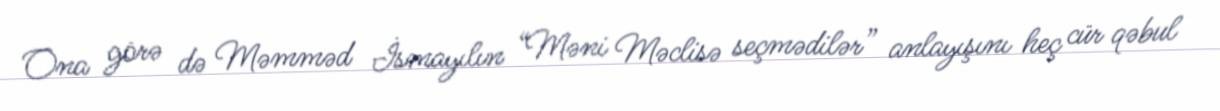
Ona görə də Məmməd İsmayılın “Məni Məclisə seçmədilər” anlayışını heç cür qəbul